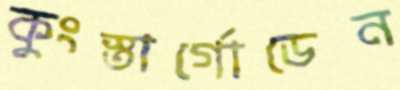
কুংস্তার্গোডেন